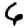
Digit: 6